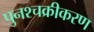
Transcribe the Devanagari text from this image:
पुनश्चक्रीकरण